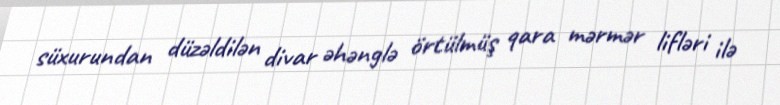
süxurundan düzəldilən divar əhənglə örtülmüş qara mərmər lifləri ilə